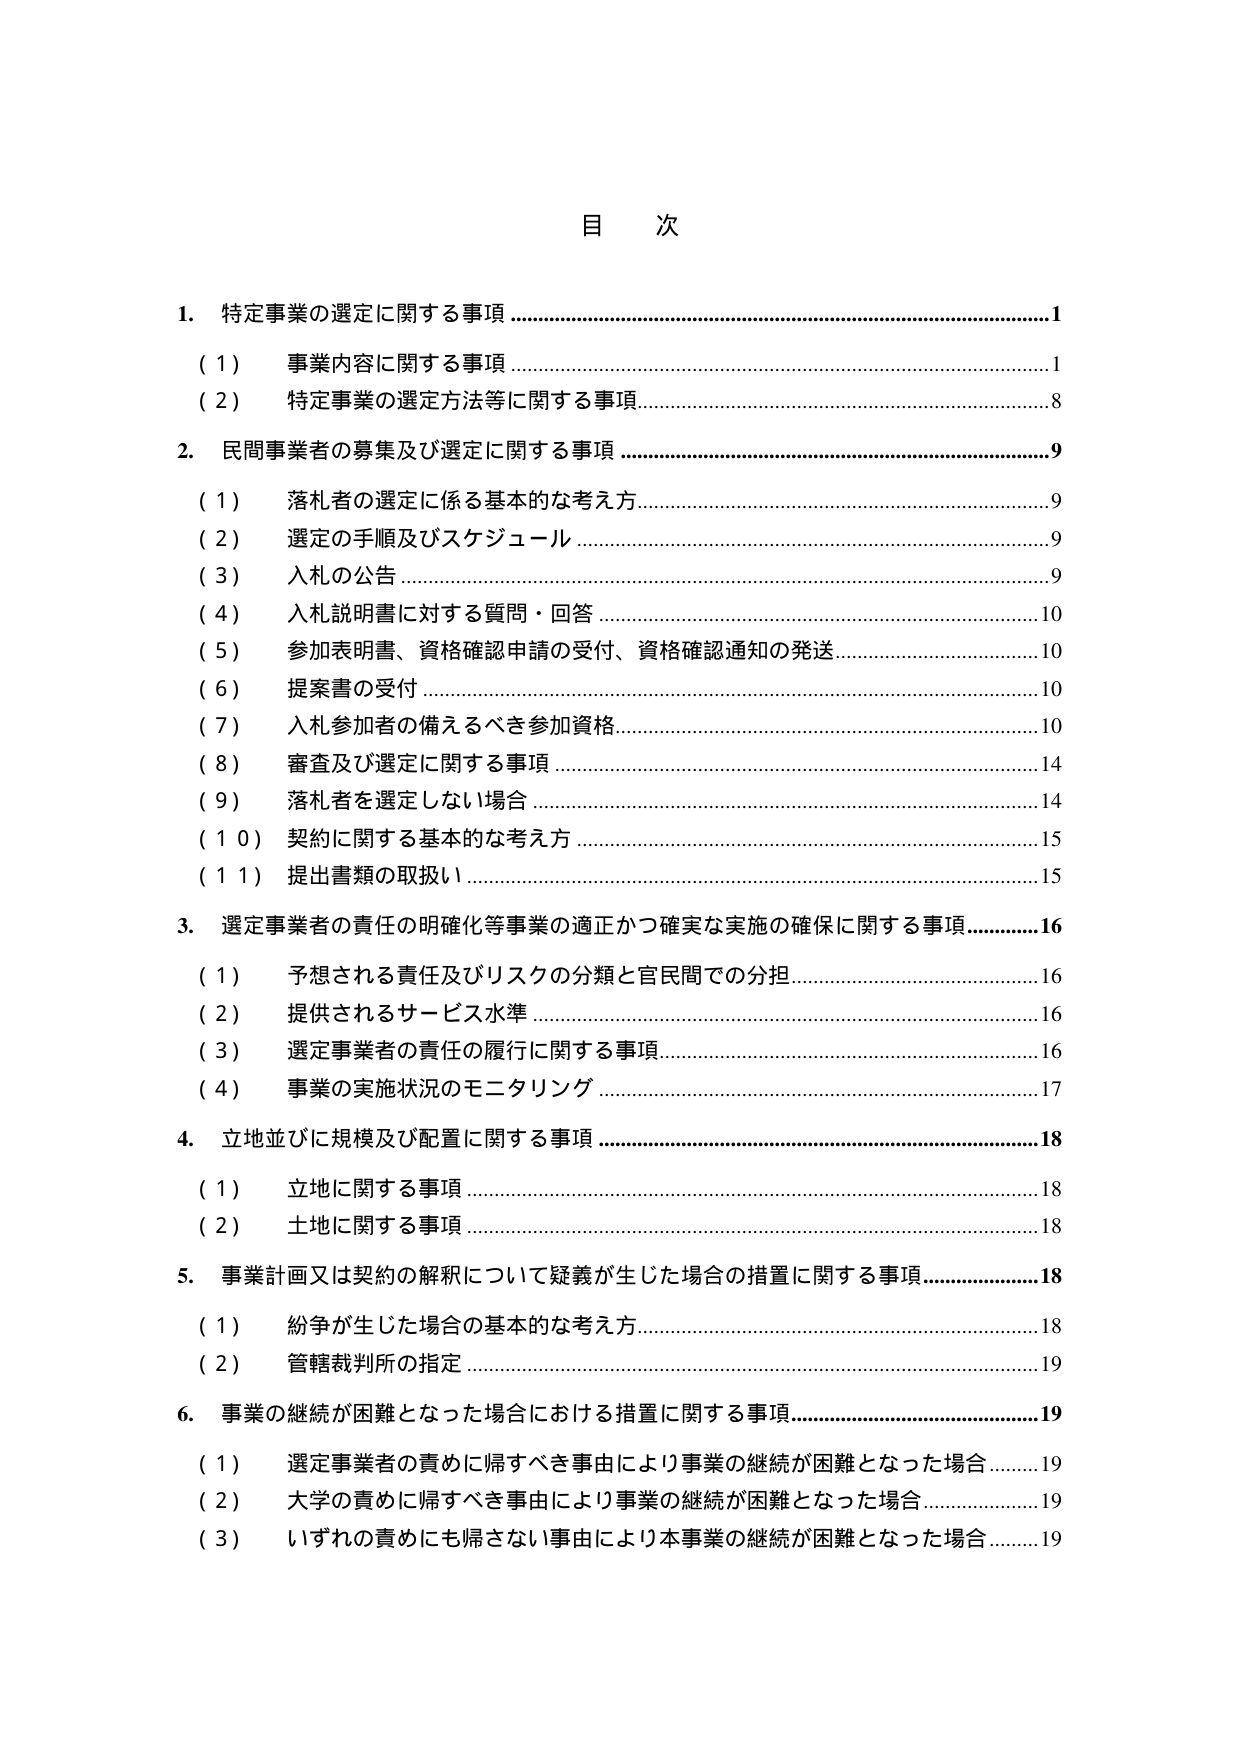
目 次

1. 特定事業の選定に関する事項 ………………………………………………………………1
　（1） 事業内容に関する事項 ………………………………………………………………1
　（2） 特定事業の選定方法等に関する事項 ………………………………………………8

2. 民間事業者の募集及び選定に関する事項 ………………………………………………9
　（1） 落札者の選定に係る基本的な考え方 ………………………………………………9
　（2） 選定の手順及びスケジュール ………………………………………………………9
　（3） 入札の公告 ……………………………………………………………………………9
　（4） 入札説明書に対する質問・回答 ……………………………………………………10
　（5） 参加表明書、資格確認申請の受付、資格確認通知の発送 ………………………10
　（6） 提案書の受付 …………………………………………………………………………10
　（7） 入札参加者の備えるべき参加資格 …………………………………………………10
　（8） 審査及び選定に関する事項 …………………………………………………………14
　（9） 落札者を選定しない場合 ……………………………………………………………14
　（10） 契約に関する基本的な考え方 ………………………………………………………15
　（11） 提出書類の取扱い ……………………………………………………………………15

3. 選定事業者の責任の明確化等事業の適正かつ確実な実施の確保に関する事項 ………16
　（1） 予想される責任及びリスクの分類と官民間での分担 ……………………………16
　（2） 提供されるサービス水準 ……………………………………………………………16
　（3） 選定事業者の責任の履行に関する事項 ……………………………………………16
　（4） 事業の実施状況のモニタリング ……………………………………………………17

4. 立地並びに規模及び配置に関する事項 …………………………………………………18
　（1） 立地に関する事項 ……………………………………………………………………18
　（2） 土地に関する事項 ……………………………………………………………………18

5. 事業計画又は契約の解釈について疑義が生じた場合の措置に関する事項 ……………18
　（1） 紛争が生じた場合の基本的な考え方 ………………………………………………18
　（2） 管轄裁判所の指定 ……………………………………………………………………19

6. 事業の継続が困難となった場合における措置に関する事項 …………………………19
　（1） 選定事業者の責めに帰すべき事由により事業の継続が困難となった場合 ………19
　（2） 大学の責めに帰すべき事由により事業の継続が困難となった場合 ………………19
　（3） いずれの責めにも帰さない事由により本事業の継続が困難となった場合 ………19